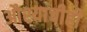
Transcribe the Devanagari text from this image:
औश्याचीही